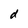
Character: d